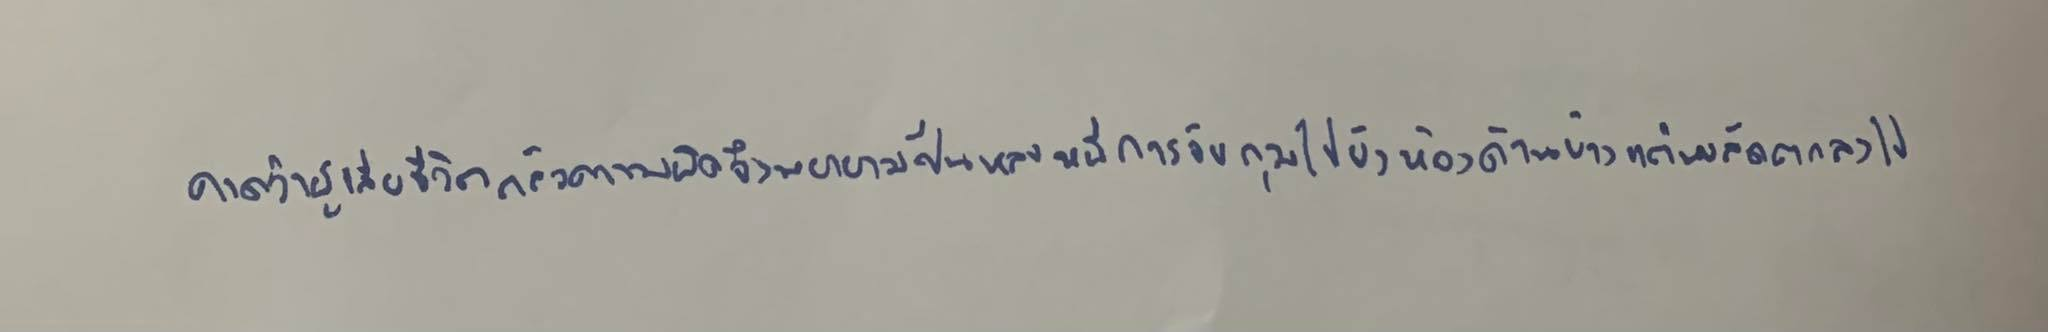
คาดว่าผู้เสียชีวิตกลัวความผิดจึงพยายามปีนหลบหนีการจับกุมไปยังห้องด้านข้างแต่พลัดตกลงไป